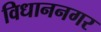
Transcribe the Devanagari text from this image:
विधाननगर